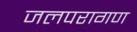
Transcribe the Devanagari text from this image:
जलपरागण